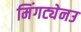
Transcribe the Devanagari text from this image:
मिंगट्येनउ